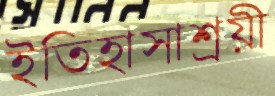
ইতিহাসাশ্রয়ী